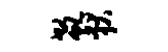
欷狄